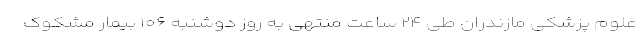
علوم پزشکی مازندران طی ۲۴ ساعت منتهی به روز دوشنبه ۱۰۶ بیمار مشکوک